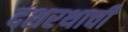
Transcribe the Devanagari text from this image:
दशरथाची